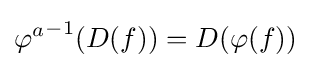
{\varphi ^{a}}^{-1}(D(f))=D(\varphi (f))